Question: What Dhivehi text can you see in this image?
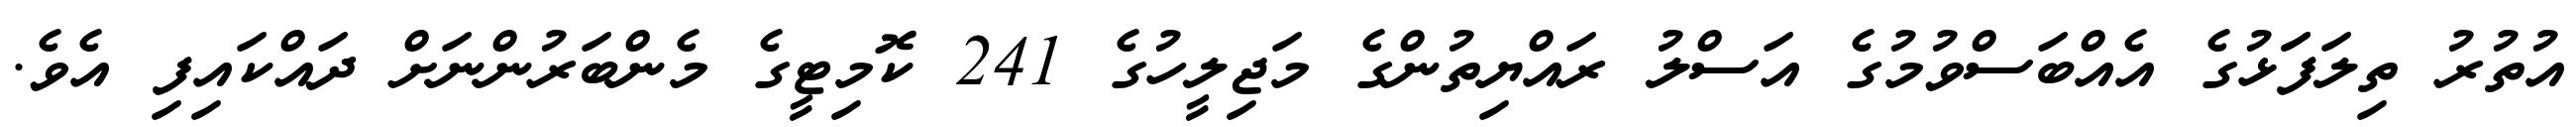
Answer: އުތުރު ތިލަފަަޅުގެ އެއްބަސްވުމުގެ އަސްލު ރައްޔިތުންގެ މަޖިލީހުގެ 241 ކޮމިޓީގެ މެންބަރުންނަށް ދައްކައިފި އެވެ.